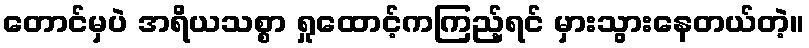
တောင်မှပဲ အရိယသစ္စာ ရှုထောင့်ကကြည့်ရင် မှားသွားနေတယ်တဲ့။